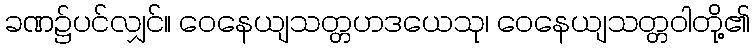
ခဏ၌ပင်လျှင်။ ဝေနေယျသတ္တဟဒယေသု၊ ဝေနေယျသတ္တဝါတို့၏